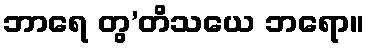
ဘာရေ တွ’တိသယေ ဘရော။